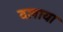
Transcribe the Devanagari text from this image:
दलाया